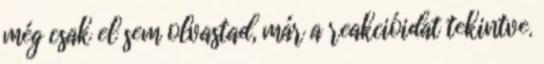
még csak el sem olvastad, már a reakcióidat tekintve.